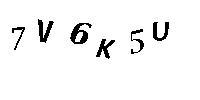
7V6K5U